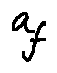
a _ { f }